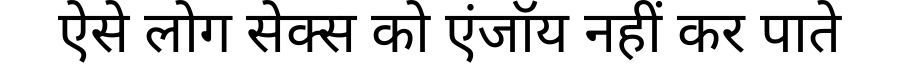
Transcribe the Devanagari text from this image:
ऐसे लोग सेक्स को एंजॉय नहीं कर पाते